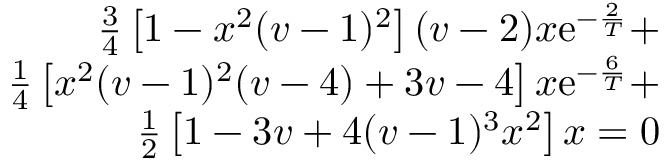
\begin{array} { r l } { \frac { 3 } { 4 } \left[ 1 - x ^ { 2 } ( v - 1 ) ^ { 2 } \right] ( v - 2 ) x \mathrm { e } ^ { - \frac { 2 } { T } } + } & { } \\ { \frac { 1 } { 4 } \left[ x ^ { 2 } ( v - 1 ) ^ { 2 } ( v - 4 ) + 3 v - 4 \right] x \mathrm { e } ^ { - \frac { 6 } { T } } + } & { } \\ { \frac { 1 } { 2 } \left[ 1 - 3 v + 4 ( v - 1 ) ^ { 3 } x ^ { 2 } \right] x = 0 } \end{array}